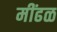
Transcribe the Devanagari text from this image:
मींढळ